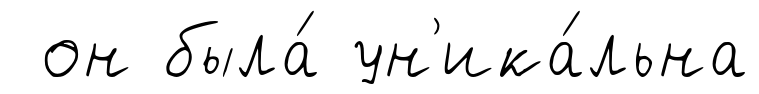
он была́ ун'ика́льна